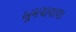
ખૂમચાવાળા